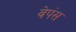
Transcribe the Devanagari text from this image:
वेपंस